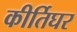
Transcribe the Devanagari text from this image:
कीर्तिघर